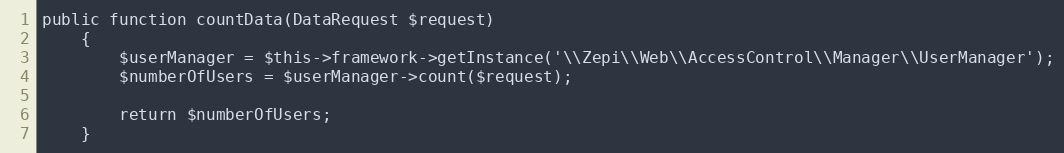
Language: PHP
public function countData(DataRequest $request)
    {
        $userManager = $this->framework->getInstance('\\Zepi\\Web\\AccessControl\\Manager\\UserManager');
        $numberOfUsers = $userManager->count($request);

        return $numberOfUsers;
    }